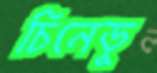
চিনেডু